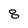
Character: 8